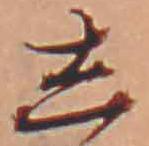
し